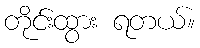
တိုင်းထွား ရတယ်။